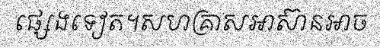
ផ្សេងទៀត។សហគ្រាសអាស៊ានអាច